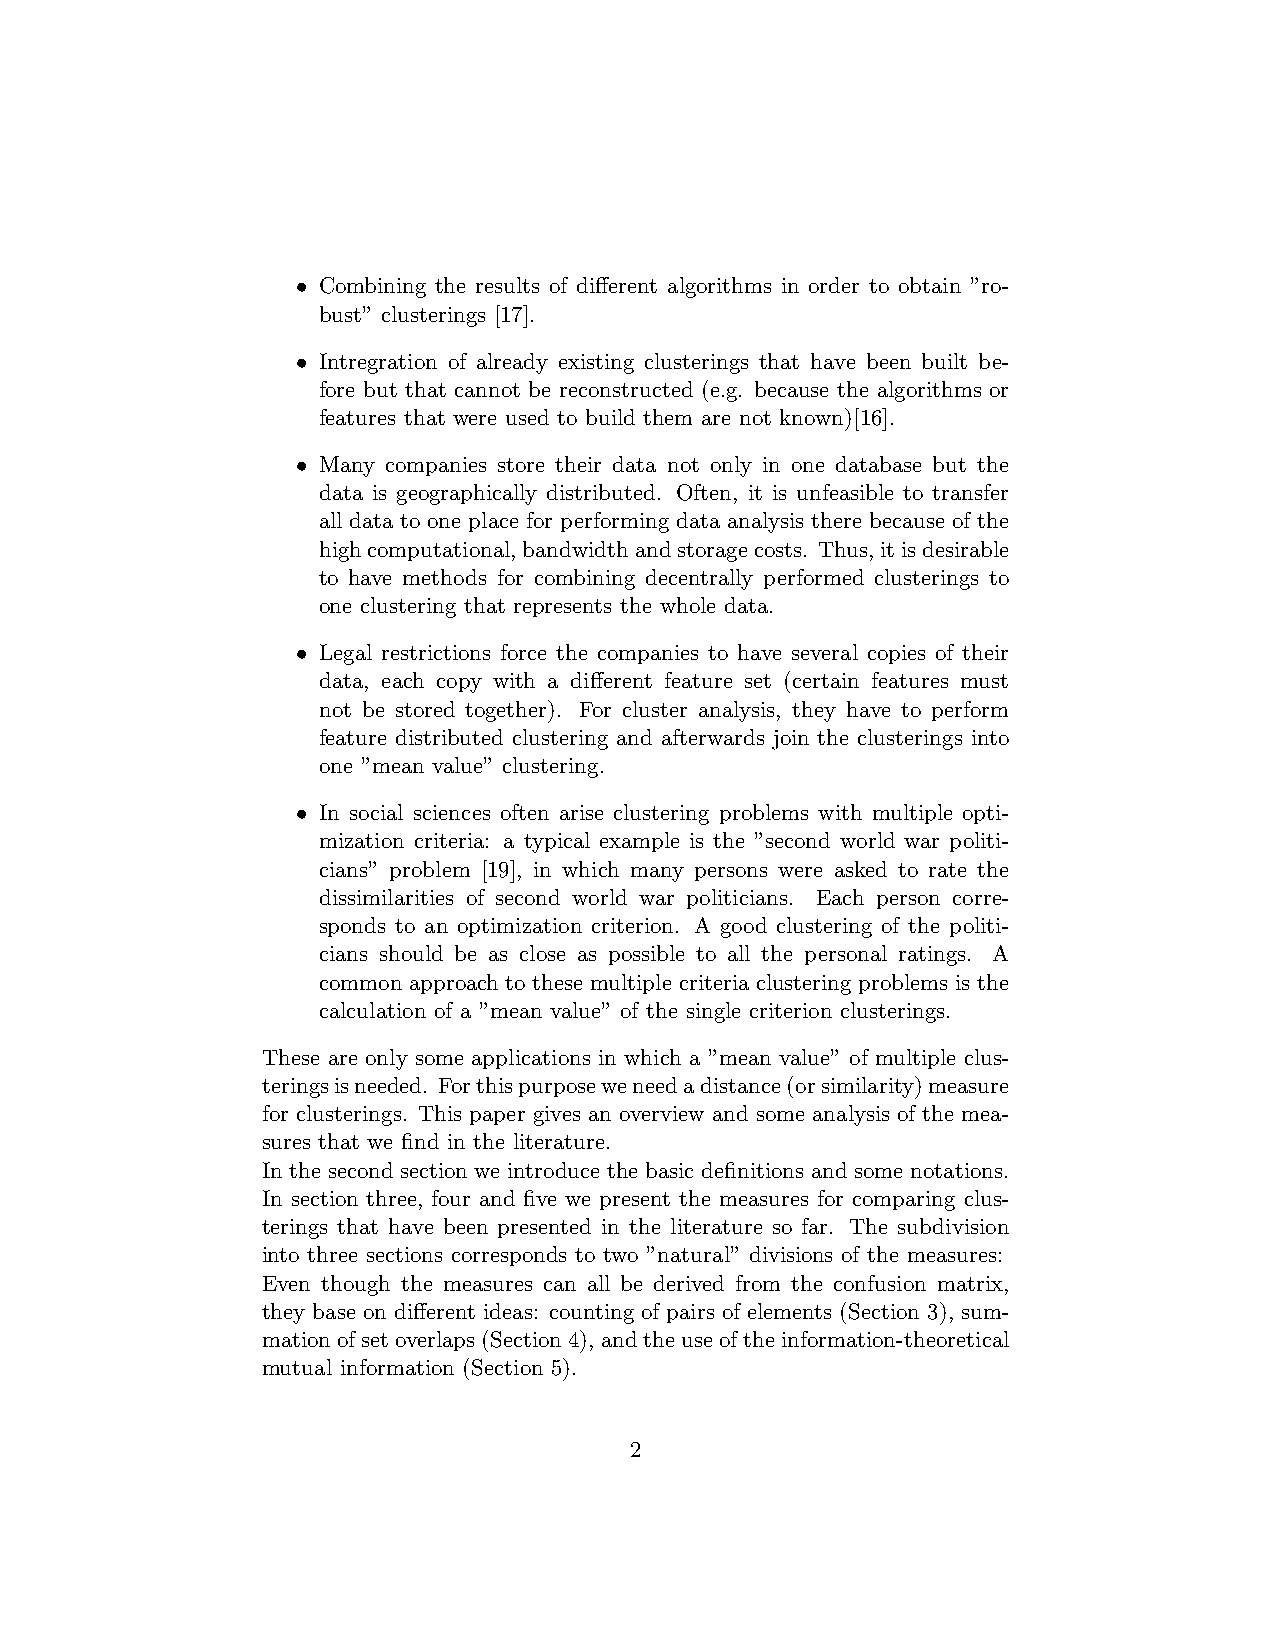
• Combining the results of different algorithms in order to obtain ”ro-
 bust” clusterings [17].
 • Intregration of already existing clusterings that have been built be-
 fore but that cannot be reconstructed (e.g. because the algorithms or
 features that were used to build them are not known)[16].
 • Many companies store their data not only in one database but the
 data is geographically distributed. Often, it is unfeasible to transfer
 all data to one place for performing data analysis there because of the
 highcomputational,bandwidthandstoragecosts. Thus,itisdesirable
 to have methods for combining decentrally performed clusterings to
 one clustering that represents the whole data.
 • Legal restrictions force the companies to have several copies of their
 data, each copy with a different feature set (certain features must
 not be stored together). For cluster analysis, they have to perform
 feature distributed clustering and afterwards join the clusterings into
 one ”mean value” clustering.
 • In social sciences often arise clustering problems with multiple opti-
 mization criteria: a typical example is the ”second world war politi-
 cians” problem [19], in which many persons were asked to rate the
 dissimilarities of second world war politicians. Each person corre-
 sponds to an optimization criterion. A good clustering of the politi-
 cians should be as close as possible to all the personal ratings. A
 common approach to these multiple criteria clustering problems is the
 calculation of a ”mean value” of the single criterion clusterings.
 These are only some applications in which a ”mean value” of multiple clus-
 teringsisneeded. Forthispurposeweneedadistance(orsimilarity)measure
 for clusterings. This paper gives an overview and some analysis of the mea-
 sures that we find in the literature.
 In the second section we introduce the basic definitions and some notations.
 In section three, four and five we present the measures for comparing clus-
 terings that have been presented in the literature so far. The subdivision
 into three sections corresponds to two ”natural” divisions of the measures:
 Even though the measures can all be derived from the confusion matrix,
 they base on different ideas: counting of pairs of elements (Section 3), sum-
 mationofsetoverlaps(Section4), andtheuseoftheinformation-theoretical
 mutual information (Section 5).
 2